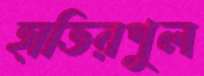
হাতিরপুল